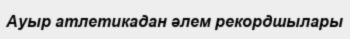
Ауыр атлетикадан әлем рекордшылары